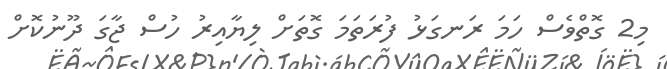
މި2 ގޮތްވެސް ހަމަ ރަނގަޅު ފުރަތަމަ ގޮތަށް ލިޔާއިރު ހުސް ޖާގަ ދޫނުކޮށް